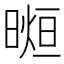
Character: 𣉖